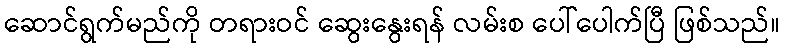
ဆောင်ရွက်မည်ကို တရားဝင် ဆွေးနွေးရန် လမ်းစ ပေါ်ပေါက်ပြီ ဖြစ်သည်။